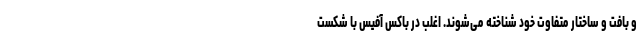
و بافت و ساختار متفاوت خود شناخته می‌شوند. اغلب در باکس آفیس با شکست